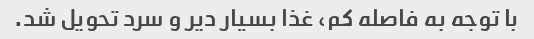
با توجه به فاصله کم، غذا بسیار دیر و سرد تحویل شد.